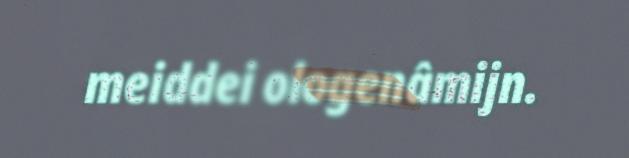
meiddei ologenâmijn.